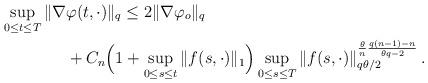
LaTeX: \begin{align*}\sup_{0\leq t \leq T}\|\nabla&\varphi(t,\cdot)\|_{q} \leq 2\|\nabla\varphi_o\|_{q} \\&+ C_{n}\Big(1+\sup_{0\leq s \leq t}\|f(s,\cdot)\|_{1}\Big)\sup_{0\leq s \leq T}\|f(s,\cdot)\|^{\frac{\theta}{n}\frac{q(n-1)-n}{\theta q -2}}_{q\theta/2}\,.\end{align*}